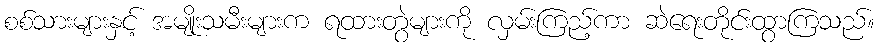
စစ်သားများနှင့် အမျိုးသမီးများက ရထားတွဲများကို လှမ်းကြည့်ကာ ဆဲရေးတိုင်းထွာကြသည်။